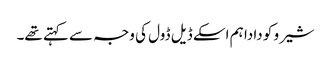
شیرو کو دادا ہم اسکے ڈیل ڈول کی وجہ سے کہتے تھے۔